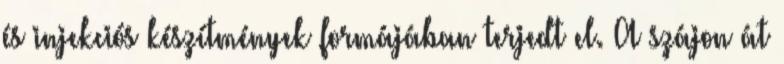
és injekciós készítmények formájában terjedt el. A szájon át